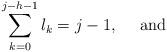
LaTeX: \begin{align*}\sum_{k=0}^{j-h-1} l_k = j-1, \ \ \ \ \textrm{and}\end{align*}